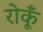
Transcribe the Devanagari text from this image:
रोकूँ